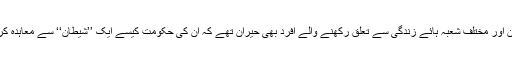
تمام سیاستدان اور مختلف شعبہ ہائے زندگی سے تعلق رکھنے والے افرد بھی حیران تھے کہ ان کی حکومت کیسے ایک ’’شیطان‘‘ سے معاہدہ کر سکتی ہے۔